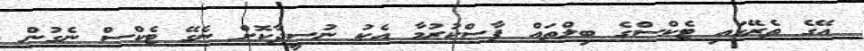
އޭގެ ތެރޭގައި ޓެކްސްގެ ބިލްތައް ފާސްކުރުމާ އެކު ނުސީދާކޮށް ނެގޭ ޓެކްސް ނެގުން